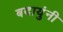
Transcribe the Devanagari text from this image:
बदायुंनी